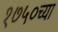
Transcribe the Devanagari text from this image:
१७५०च्या